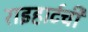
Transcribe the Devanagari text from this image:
राइहार्टची